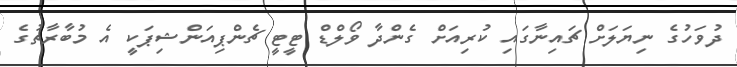
ދުވަހުގެ ނިޔަލަށް ޗައިނާގައި ކުރިއަށް ގެންދާ ވޯލްޑް ޓީޓީ ޗެންޕިއަންޝިޕަކީ އެ މުބާރާތުގެ